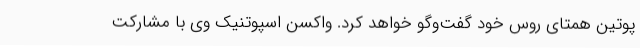
پوتین همتای روس خود گفت‌وگو خواهد کرد. واکسن اسپوتنیک وی با مشارکت